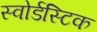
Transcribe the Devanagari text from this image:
स्वोर्डस्टिक